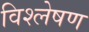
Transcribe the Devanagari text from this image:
विश्ल्‍ोषण